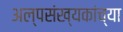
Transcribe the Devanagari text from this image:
अल्पसंख्यकांच्या